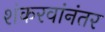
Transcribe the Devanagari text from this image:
शंकरवांनंतर